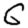
Digit: 6